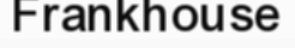
Frankhouse